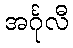
အင်္ဂုလီ